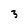
Character: 3